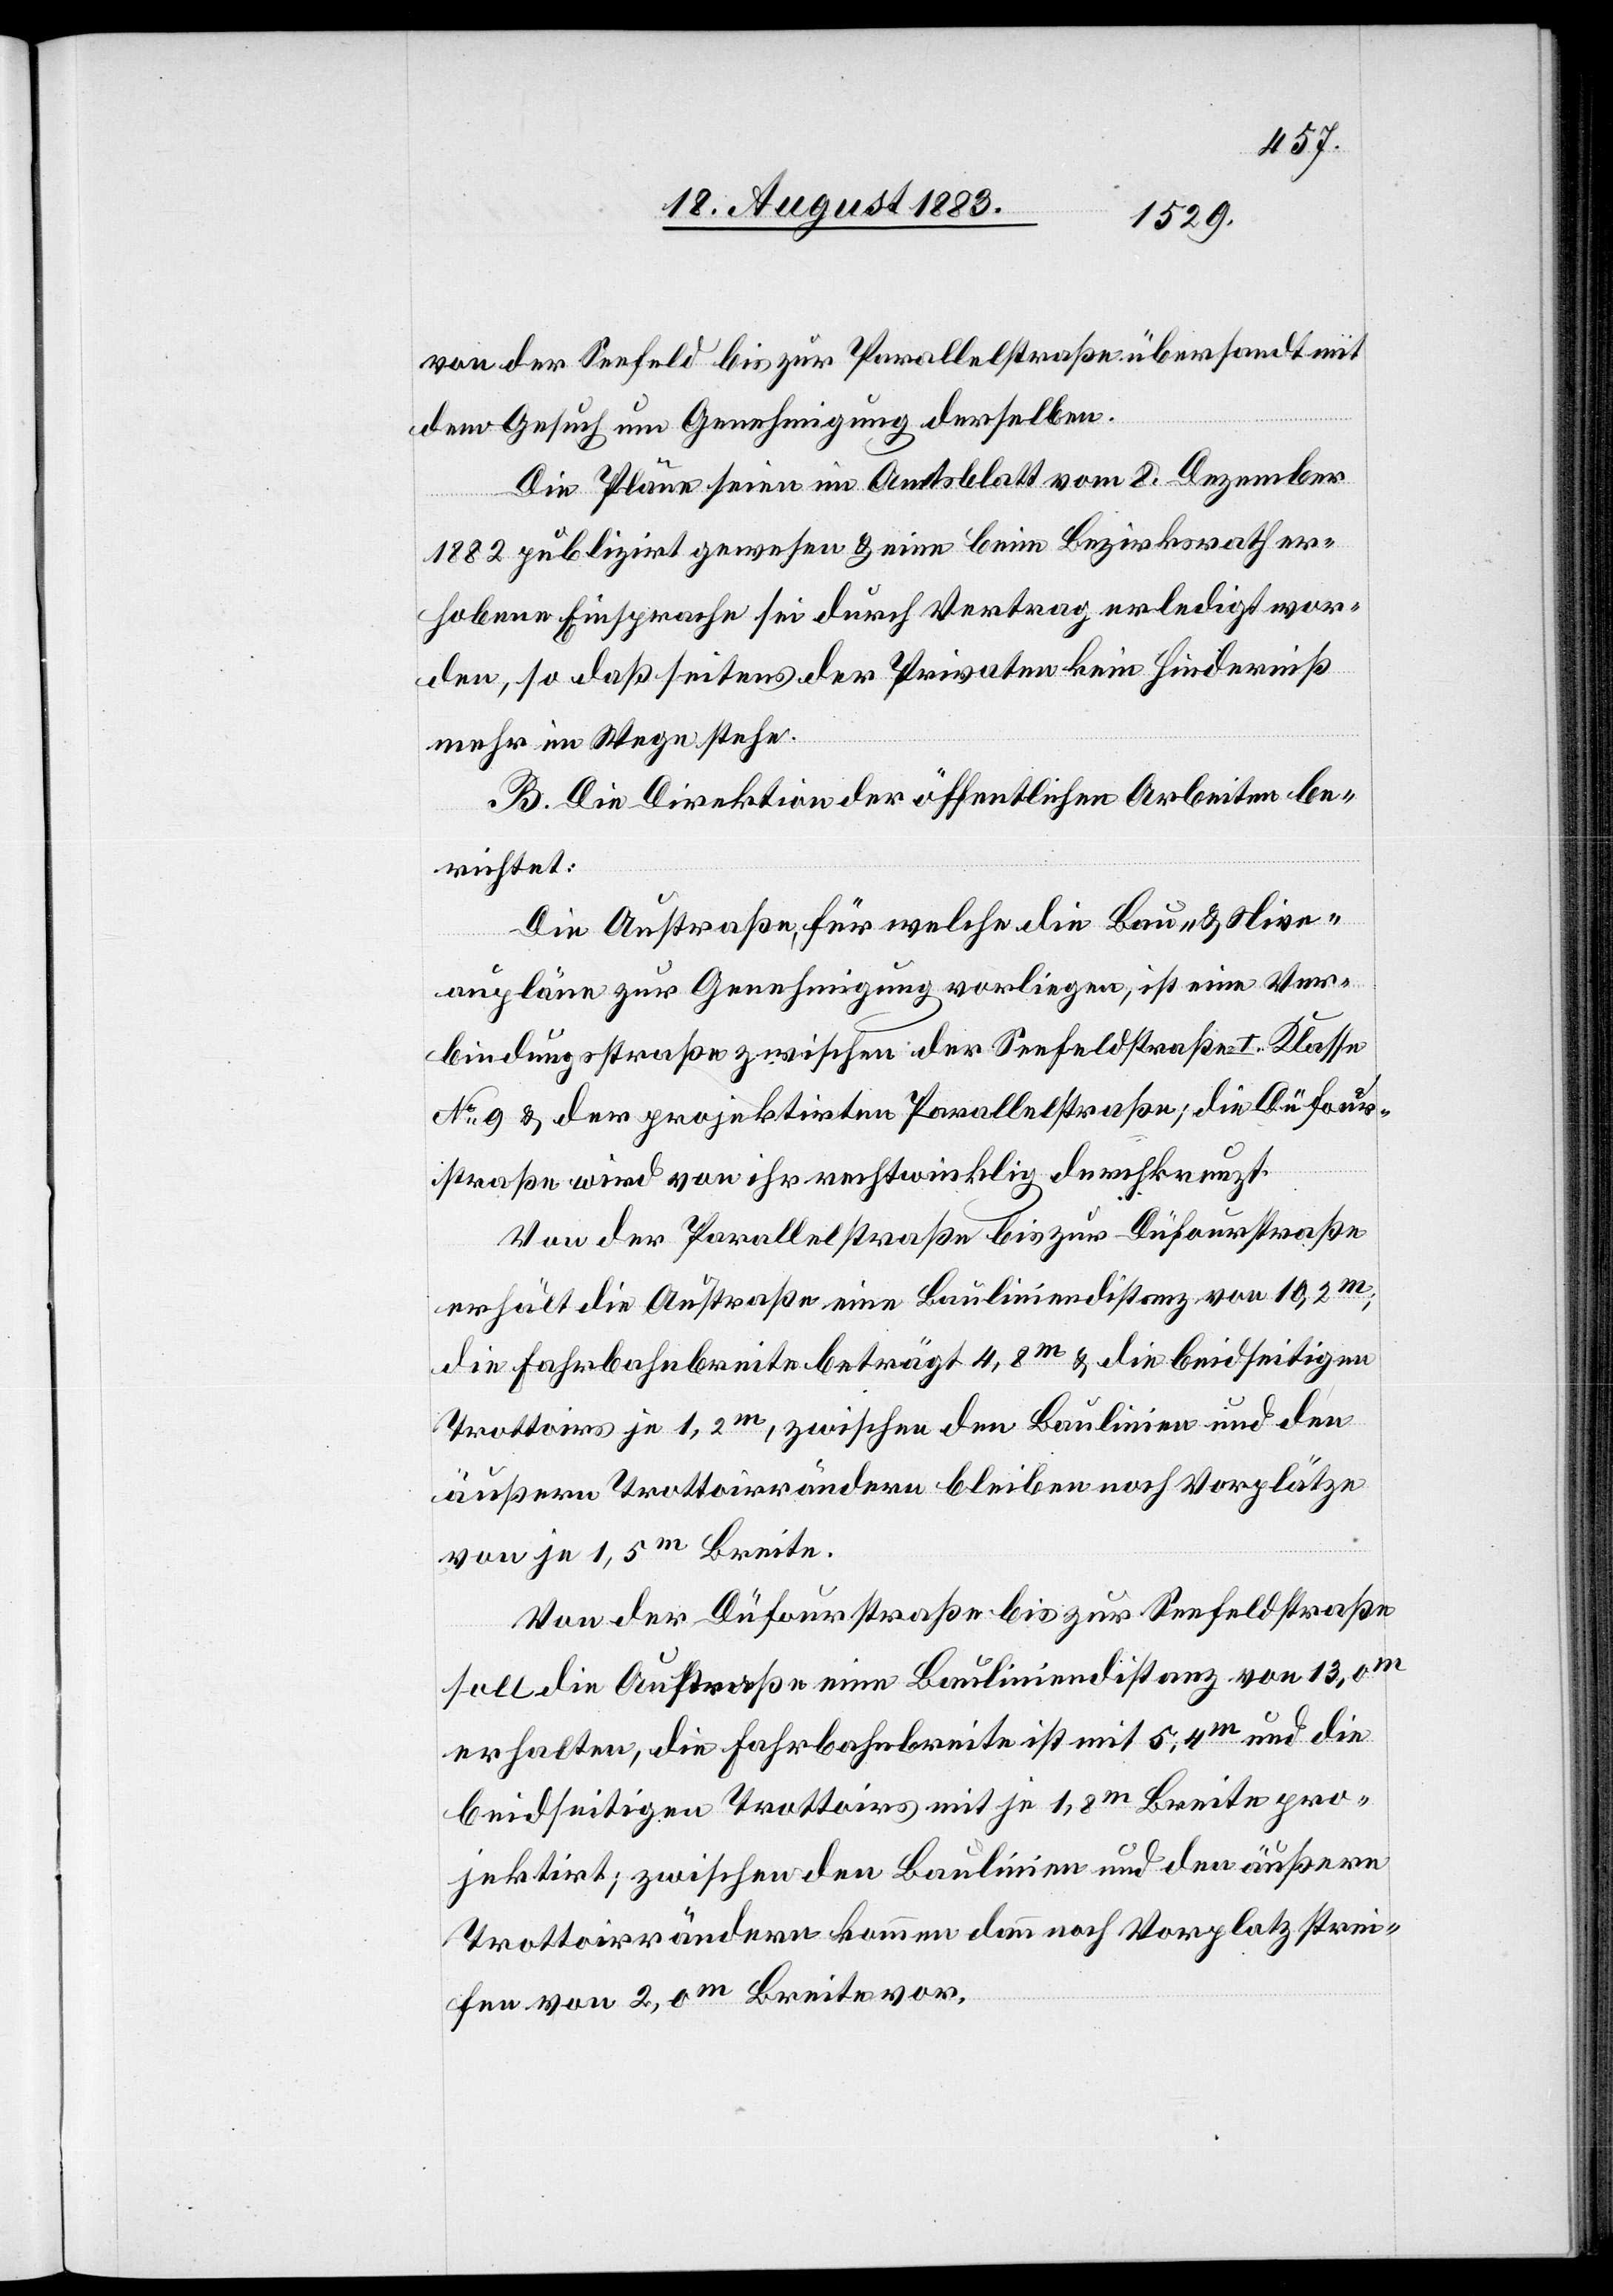
von der Seefeld[-] bis zur Parallelstraße übersandt mit
dem Gesuch um Genehmigung derselben.
Die Pläne seien im Amtsblatt vom 8. Dezember
1882 publizirt gewesen & eine beim Bezirksrath er¬
hobene Einsprache sei durch Vertrag erledigt wor¬
den, so daß seitens der Privaten kein Hinderniß
mehr im Wege stehe.
B. Die Direktion der öffentlichen Arbeiten be¬
richtet:
Die Austraße, für welche die Bau- & Nive¬
aupläne zur Genehmigung vorliegen, ist eine Ver¬
bindungsstraße zwischen der Seefeldstraße I. Klasse
No 9 & der projektirten Parallelstraße; die Düfour¬
straße wird von ihr rechtwinklig durchkreuzt.
Von der Parallelstraße bis zur Düfourstraße
erhält die Austraße eine Bauliniendistanz von 10,2m;
die Fahrbahnbreite beträgt 4,8m & die beidseitigen
Trottoirs je 1,2m, zwischen den Baulinien und den
äußern Trottoirrändern bleiben noch Vorplätze
von je 1,5m Breite.
Von der Düfourstraße bis zur Seefeldstraße
soll die Austraße eine Bauliniendistanz von 13,0m
erhalten, die Fahrbahnbreite ist mit 5,4m und die
beidseitigen Trottoirs mit je 1,8m Breite pro¬
jektirt; zwischen den Baulinien und den äußern
Trottoirrändern kommen dann noch Vorplatzstrei¬
fen von 2,0m Breite vor.